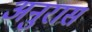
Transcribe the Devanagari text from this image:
अनुरास